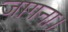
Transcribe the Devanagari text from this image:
जागना।